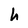
Character: h